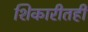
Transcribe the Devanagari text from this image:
शिकारीतही